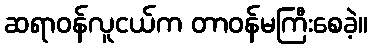
ဆရာဝန်လူငယ်က တာဝန်မကြီးစေခဲ့။